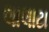
લાલાટા